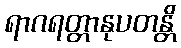
ရာဂရတ္တာနုပတန္တိ